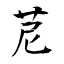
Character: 苨